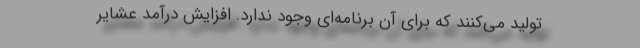
تولید می‌کنند که برای آن برنامه‌ای وجود ندارد. افزایش درآمد عشایر